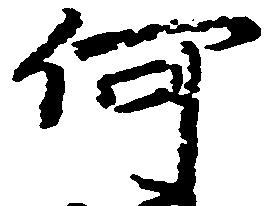
何